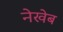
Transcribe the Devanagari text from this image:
नेखेब